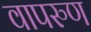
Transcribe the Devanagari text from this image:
वापरुण